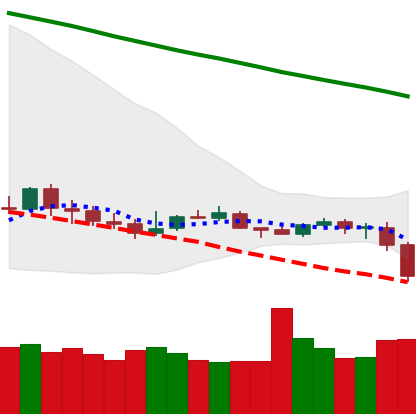
Ticker: ETC-USD
Chart end date: 2019-12-17
Forward return: 21.063%
Label: up_7plus